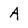
Character: A